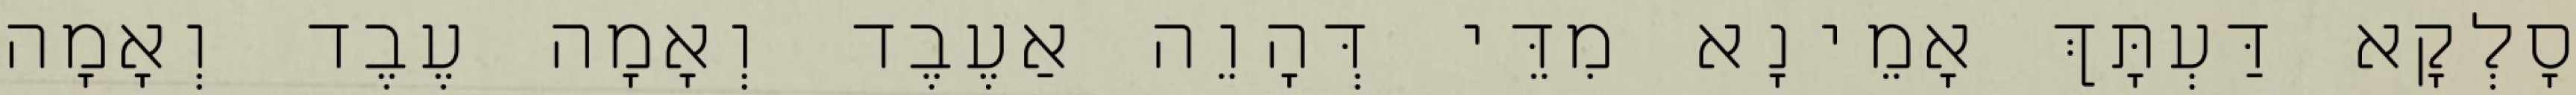
סָלְקָא דַּעְתָּךְ אָמֵינָא מִדֵּי דְּהָוֵה אַעֶבֶד וְאָמָה עֶבֶד וְאָמָה